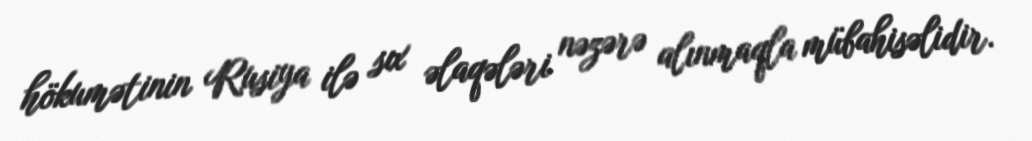
hökumətinin Rusiya ilə sıx əlaqələri nəzərə alınmaqla mübahisəlidir.